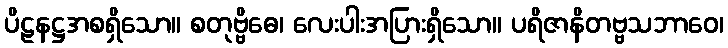
ပိဠနဋ္ဌအစရှိသော။ စတုဗ္ဗိဓေ၊ လေးပါးအပြားရှိသော။ ပရိဇာနိတဗ္ဗသဘာဝေ၊